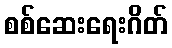
စစ်ဆေးရေးဂိတ်